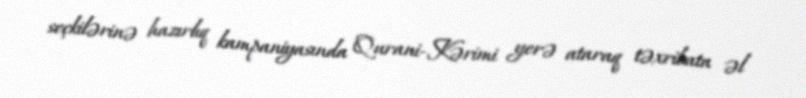
seçkilərinə hazırlıq kampaniyasında Qurani-Kərimi yerə ataraq təxribata əl